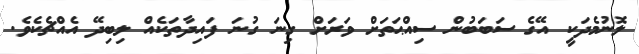
ލޮނުމެދަކީ އޭގެ ސަބަބުން ސިއްޙަތަށް ވަރަށް ގިނަ ގުނަ ފައިދާތަކެއް ލިބިދޭ އެއްޗެކެވެ.